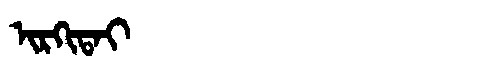
Manchu: ᡳᡵᡴᡳᡨᠠᡳ
Romanization: IRKITAI